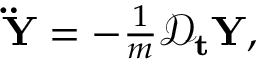
\begin{array} { r } { \mathbf { \ddot { Y } } = - \frac { 1 } { m } \mathcal { D } _ { \mathbf { t } } \mathbf { Y } , } \end{array}